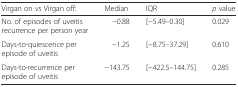
| Virgan on vs Virgan off: | Median | IQR | p value |
 | --- | --- | --- | --- |
 | No. of episodes of uveitis recurrence per person year | −0.88 | [−5.49–0.30] | 0.029 |
 | Days-to-quiescence per episode of uveitis | −1.25 | [−8.75–37.29] | 0.610 |
 | Days-to-recurrence per episode of uveitis | −143.75 | [−422.5–144.75] | 0.285 |